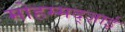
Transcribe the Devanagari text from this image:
मोहम्मद्ज़ाई